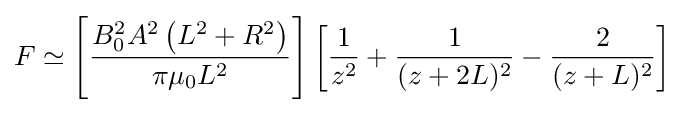
F\simeq \left[{\frac {B_{0}^{2}A^{2}\left(L^{2}+R^{2}\right)}{\pi \mu _{0}L^{2}}}\right]\left[{\frac {1}{z^{2}}}+{\frac {1}{(z+2L)^{2}}}-{\frac {2}{(z+L)^{2}}}\right]